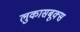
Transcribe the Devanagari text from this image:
लुकासबूक्स